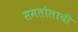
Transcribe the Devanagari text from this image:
समतोलाची